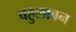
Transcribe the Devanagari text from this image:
वहुलाबन